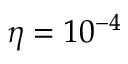
\eta = 1 0 ^ { - 4 }